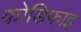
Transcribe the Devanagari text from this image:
कोडिफाइ